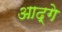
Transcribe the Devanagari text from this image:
आद्गे